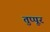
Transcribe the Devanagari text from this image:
तुप्पूर